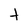
Character: t